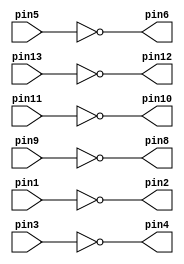
// 7404 hex inverter
module v7404 (pin1, pin3, pin5, pin9, pin11, pin13,
pin2, pin4, pin6, pin8, pin10, pin12);

	input pin1, pin3, pin5, pin13, pin11, pin9;
	output pin2, pin4, pin6, pin12, pin10, pin8;
	
	assign pin2 = ~pin1;
	assign pin4 = ~pin3;
	assign pin6 = ~pin5;
	assign pin12 = ~pin13;
	assign pin10 = ~pin11;
	assign pin8 = ~pin9;

endmodule 

// 7408 quad 2 input AND
module v7408 (pin1, pin3, pin5, pin9, pin11, pin13,
pin2, pin4, pin6, pin8, pin10, pin12);

	input pin1, pin2, pin4, pin5, pin13, pin12, pin10, pin9;
	output pin3, pin6, pin11, pin8;
	
	assign pin3 = pin1 & pin2;
	assign pin6 = pin4 & pin5;
	assign pin8 = pin10 & pin9;
	assign pin11 = pin13 & pin12;

endmodule 

// 7432 quad 2 input OR
module v7432 (pin1, pin3, pin5, pin9, pin11, pin13,
pin2, pin4, pin6, pin8, pin10, pin12);

	input pin1, pin2, pin4, pin5, pin13, pin12, pin10, pin9;
	output pin3, pin6, pin11, pin8;
	
	assign pin3 = pin1 | pin2;
	assign pin6 = pin4 | pin5;
	assign pin8 = pin10 | pin9;
	assign pin11 = pin13 | pin12;

endmodule 

module mux2to1 (x, y, s, m);

	input x, y, s;
	output m;
	
	wire w1, w2, w3;
	
	v7404 v7404c1(.pin1(s), .pin2(w1));
	v7408 v7408c1(.pin1(w1), .pin2(x), .pin3(w2), .pin4(s), .pin5(y), .pin6(w3));
	v7432 v7432c1(.pin1(w2), .pin2(w3), .pin3(m));
	
endmodule